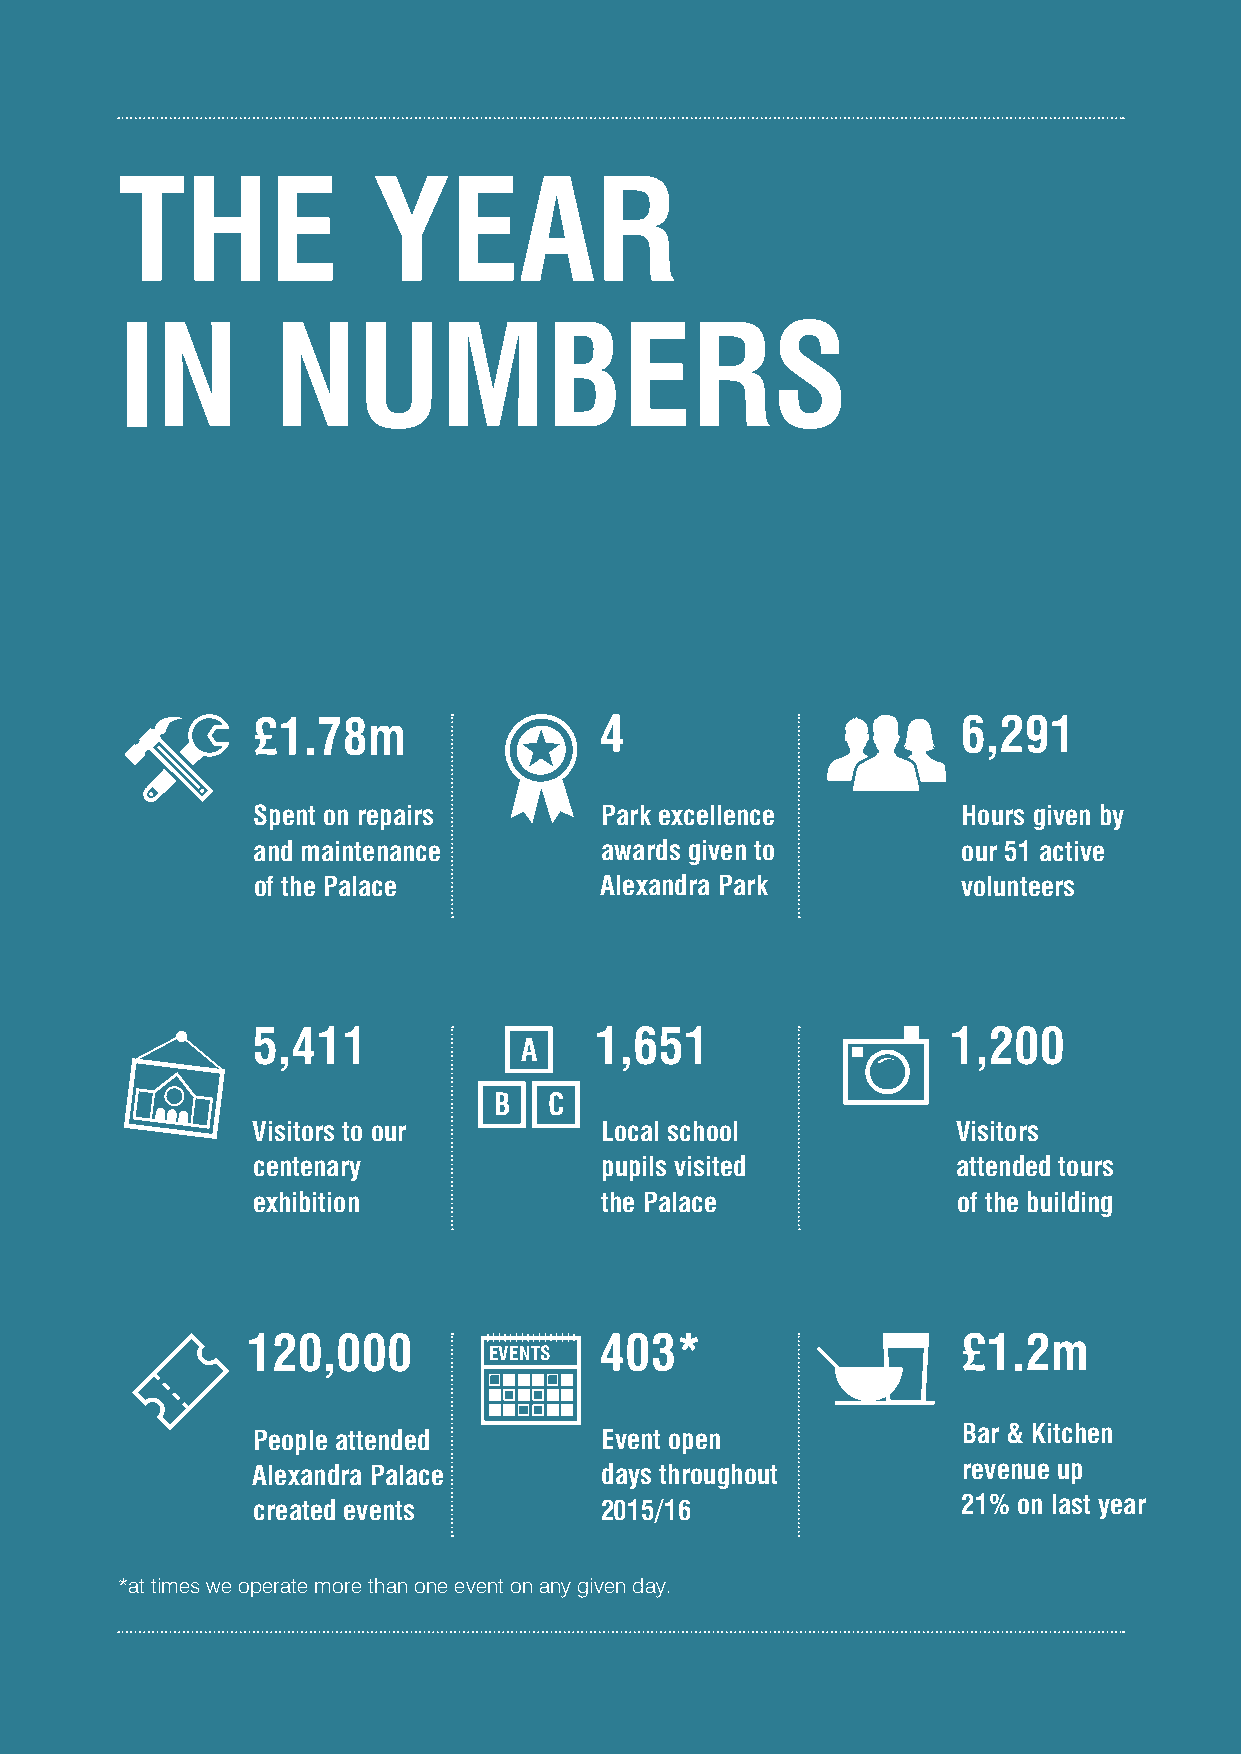
THE              YEAR
 IN        NUMBERS
 £1.78m                 4                       6,291
 Spent on repairs       Park excellence         Hours given by
 and maintenance        awards given to         our 51 active
 of the Palace          Alexandra Park          volunteers
 5,411                 1,651                   1,200
 A
 B  C
 Visitors to our        Local school           Visitors
 centenary              pupils visited         attended tours
 exhibition             the Palace             of the building
 120,000                 403*                    £1.2m
 EVENTS
 People attended        Event open              Bar & Kitchen
 Alexandra Palace       days throughout         revenue up
 created events         2015/16                 21% on last year
 *at times we operate more than one event on any given day.
 27